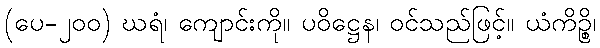
(ပေ-၂၀၀) ဃရံ၊ ကျောင်းကို။ ပဝိဋ္ဌေန၊ ဝင်သည်ဖြင့်။ ယံကိဉ္စိ၊